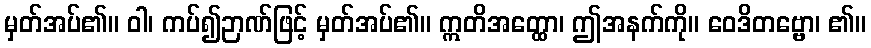
မှတ်အပ်၏။ ဝါ၊ ကပ်၍ဉာဏ်ဖြင့် မှတ်အပ်၏။ ဣတိအတ္ထော၊ ဤအနက်ကို။ ဝေဒိတဗ္ဗော၊ ၏။